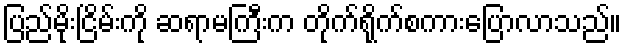
ပြည်မိုးငြိမ်းကို ဆရာမကြီးက တိုက်ရိုက်စကားပြောလာသည်။